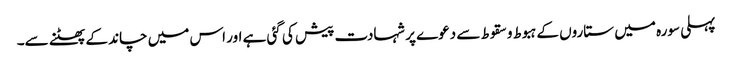
پہلی سورہ میں ستاروں کے ہبوط و سقوط سے دعوے پر شہادت پیش کی گئی ہے اور اس میں چاند کے پھٹنے سے۔